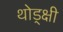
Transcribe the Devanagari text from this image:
थोड्क्षी